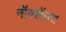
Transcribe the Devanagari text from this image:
नॉयहॉउस